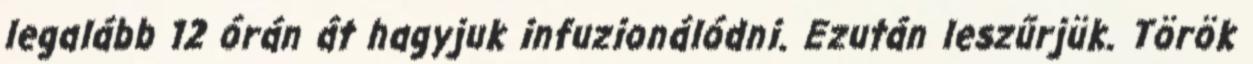
legalább 12 órán át hagyjuk infuzionálódni. Ezután leszűrjük. Török